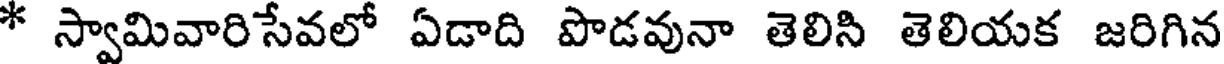
* స్వామివారిసేవలో ఏడాది పొడవునా తెలిసి తెలియక జరిగిన